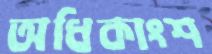
অধিকাংশ